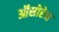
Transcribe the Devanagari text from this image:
ऑसोरेन